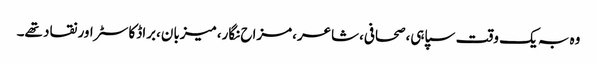
وہ بہ یک وقت سپاہی،صحافی،شاعر،مزاح نگار،میزبان،براڈکاسٹر اور نقاد تھے۔